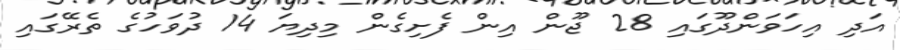
އަދި އިހަވަންދޫގައި 28 ޖޫން އިން ފެށިގެން މިދިޔަ 14 ދުވަހުގެ ތެރޭގައި